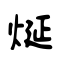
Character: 烻